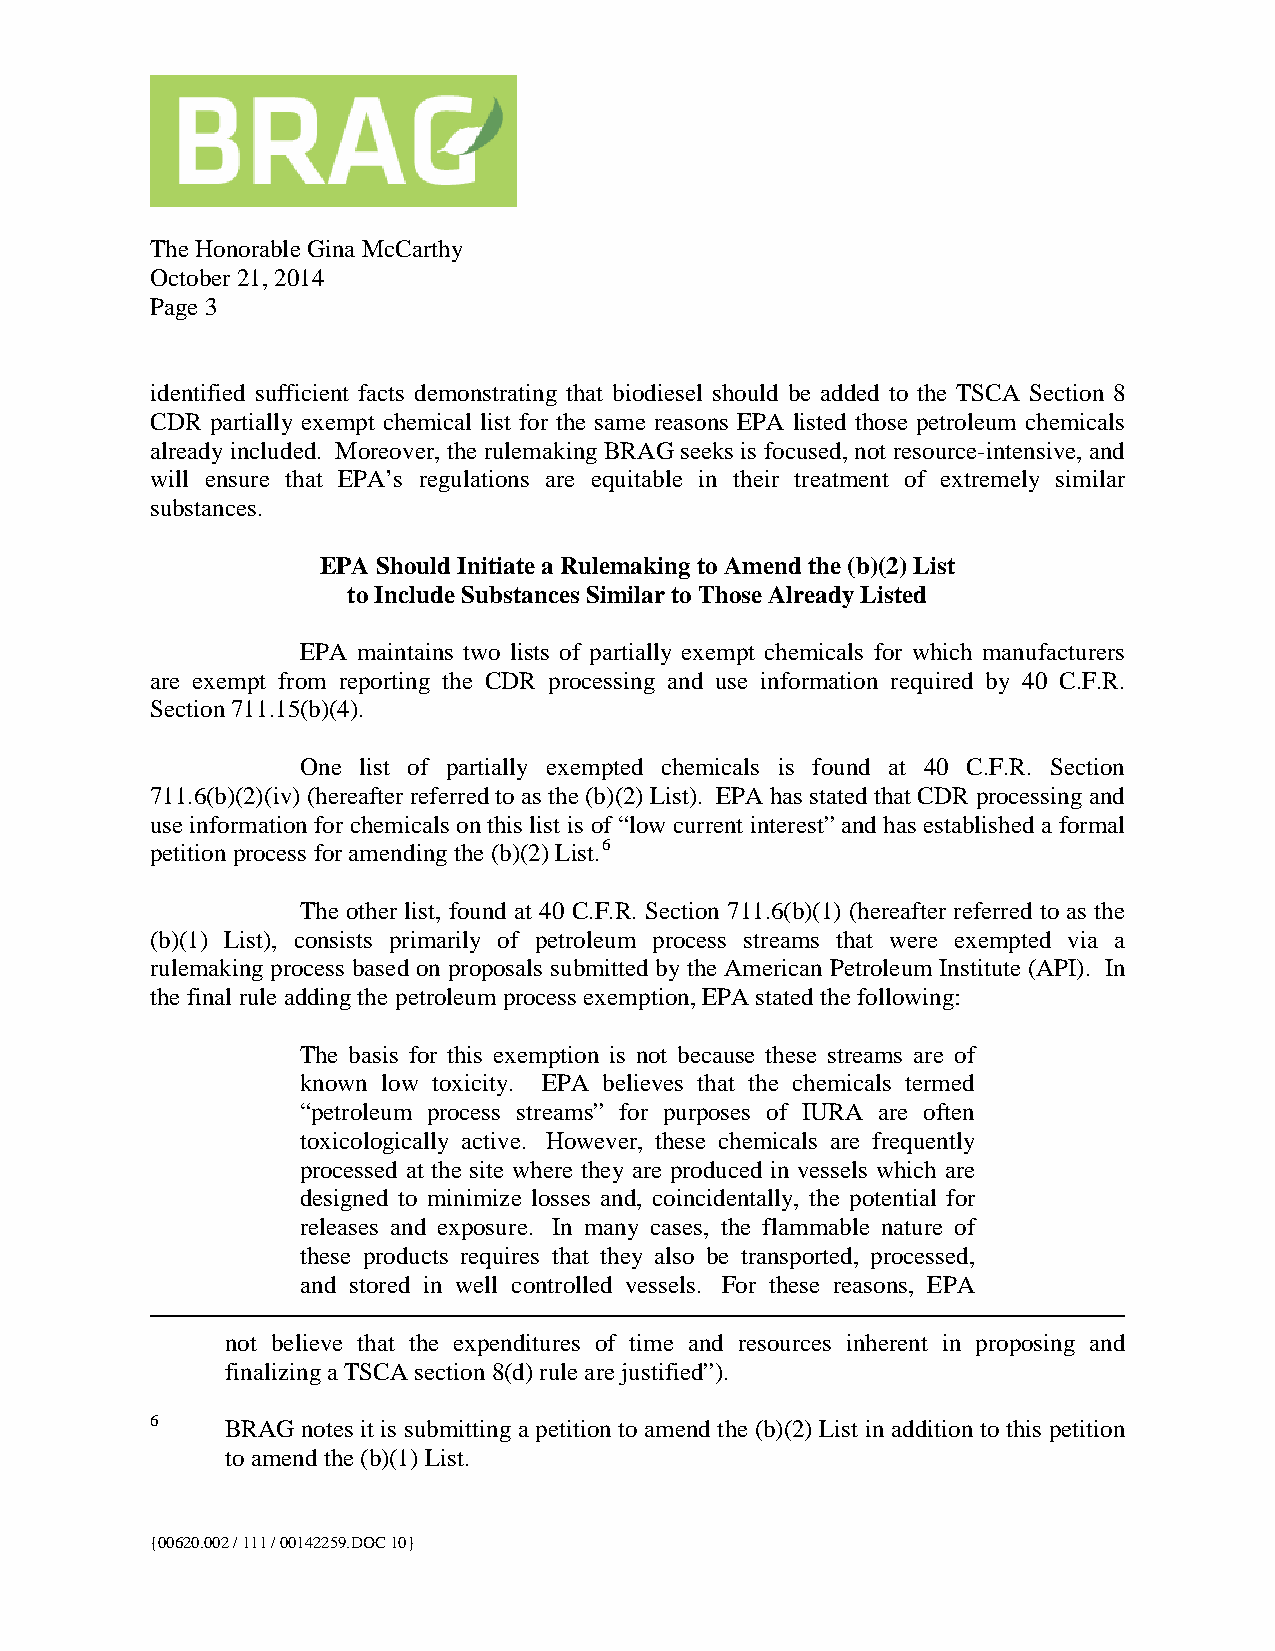
The Honorable Gina McCarthy
 October 21, 2014
 Page 3
 identified sufficient facts demonstrating that biodiesel should be added to the TSCA Section 8
 CDR partially exempt chemical list for the same reasons EPA listed those petroleum chemicals
 already included. Moreover, the rulemaking BRAG seeks is focused, not resource-intensive, and
 will ensure that EPA’s regulations are equitable in their treatment of extremely similar
 substances.
 EPA Should Initiate a Rulemaking to Amend the (b)(2) List
 to Include Substances Similar to Those Already Listed
 EPA maintains two lists of partially exempt chemicals for which manufacturers
 are exempt from reporting the CDR processing and use information required by 40 C.F.R.
 Section 711.15(b)(4).
 One list of partially exempted chemicals is found at 40 C.F.R. Section
 711.6(b)(2)(iv) (hereafter referred to as the (b)(2) List). EPA has stated that CDR processing and
 use information for chemicals on this list is of “low current interest” and has established a formal
 petition process for amending the (b)(2) List.6
 The other list, found at 40 C.F.R. Section 711.6(b)(1) (hereafter referred to as the
 (b)(1) List), consists primarily of petroleum process streams that were exempted via a
 rulemaking process based on proposals submitted by the American Petroleum Institute (API). In
 the final rule adding the petroleum process exemption, EPA stated the following:
 The basis for this exemption is not because these streams are of
 known low toxicity. EPA believes that the chemicals termed
 “petroleum process streams” for purposes of IURA are often
 toxicologically active. However, these chemicals are frequently
 processed at the site where they are produced in vessels which are
 designed to minimize losses and, coincidentally, the potential for
 releases and exposure. In many cases, the flammable nature of
 these products requires that they also be transported, processed,
 and stored in well controlled vessels. For these reasons, EPA
 not believe that the expenditures of time and resources inherent in proposing and
 finalizing a TSCA section 8(d) rule are justified”).
 6    BRAG notes it is submitting a petition to amend the (b)(2) List in addition to this petition
 to amend the (b)(1) List.
 {00620.002 / 111 / 00142259.DOC 10}